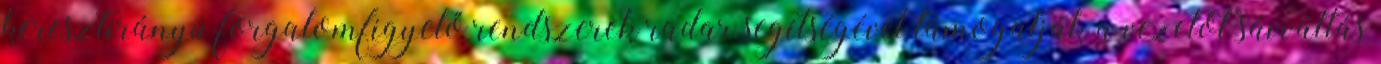
keresztirányú forgalomfigyelő rendszerek radar segítségével támogatják a vezetőt sávváltás